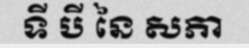
ទី បី នៃ សភា